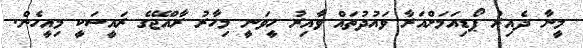
މީނާ ދެއިރު ޕޯޑިއަމަށްއަރާ ވައުދުތައް ވާއިރު ހީވަނީ މިހާރު ރާއްޖޭގެ ރައީސަކީ މިއީހެން.